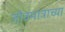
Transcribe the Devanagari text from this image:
जीवमात्राच्या